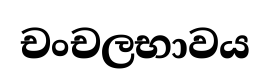
චංචලභාවය